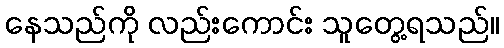
နေသည်ကို လည်းကောင်း သူတွေ့ရသည်။